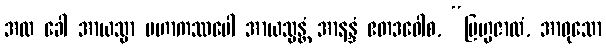
အထ ခေါ အာယသ္မာ မဟာကဿပေါ အာယသ္မန္တံ အာနန္ဒံ ဧတဒဝေါစ, “ဗြဟ္မဇာလံ, အာဝုသော